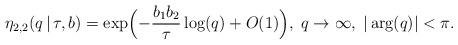
LaTeX: \begin{align*}\eta_{2, 2}(q\,|\,\tau, b) = \exp\Bigl(-\frac{b_1 b_2}{\tau}\log(q)+ O(1)\Bigr), \; q\rightarrow\infty,\;|\arg(q)|<\pi.\end{align*}